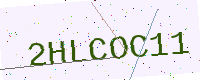
Text: 2HLCOC11